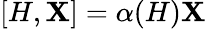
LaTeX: [H,\mathbf{X}]=\alpha(H)\mathbf{X}